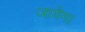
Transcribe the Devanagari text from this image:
जायेग।